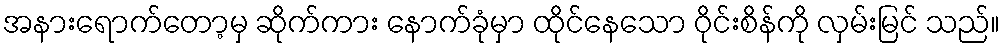
အနားရောက်တော့မှ ဆိုက်ကား နောက်ခုံမှာ ထိုင်နေသော ဝိုင်းစိန်ကို လှမ်းမြင် သည်။